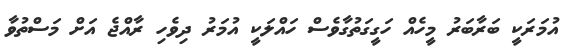
އުމަރަކީ ބަރާބަރު މީހެއް ހަގީގަތުގާވެސް ހައްލަކީ އުމަރު ދިވެހި ރާއްޖެ އަށް މަސްތުވާ